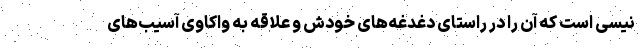
نیسی است که آن را در راستای دغدغه‌های خودش و علاقه به واکاوی آسیب‌های